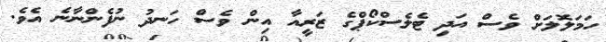
ހަމަލޮލަށް ވެސް އަދި ޓެލެސްކޯޕްގެ ޒަރީއާ އިން ވެސް ހަނދު ނުފެންނާނެ އެވެ.